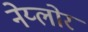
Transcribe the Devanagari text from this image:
नेय्लोर